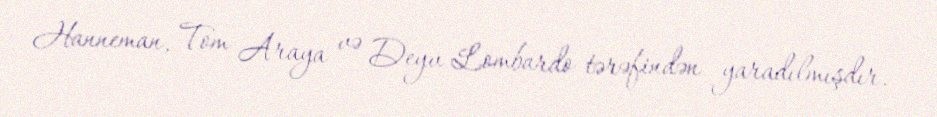
Hanneman, Tom Araya və Deyv Lombardo tərəfindən yaradılmışdır.